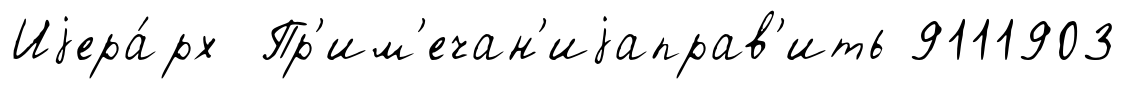
Иjера́рх Пр'им'ечан'иjаправ'ить 9111903